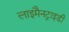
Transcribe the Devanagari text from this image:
लाइमैनट्राइडी